Alphabetical list of drugs, medicines and other preparations free from, and containing, spirit compiled from the results of tests made by the customs houses at Calcutta, Bombay, and Madras
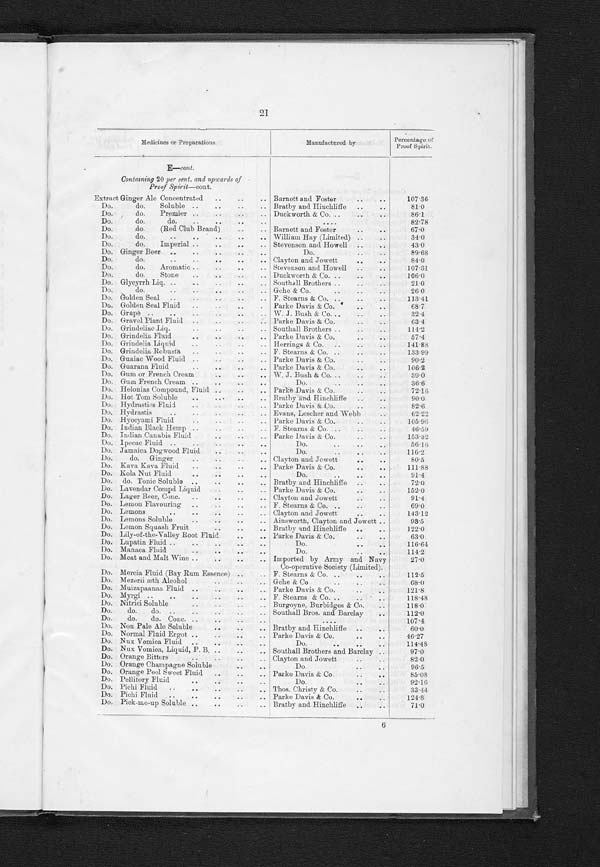
17
Medi ci nes or Preparat i ons.
Manufactured by
Percentage of
Proof Spirit.
E—cont.
Containing 20 per cent. and upwards of
Proof Spirit—cont.
Essence, Selected Messina Lemons
H. W. Carter
1 0 2 . 5
Do. Scotch Whisky
W. J. Bush & Co.
121
Do. do. do. Soluble
Cossipore Chemical Works
68.5
Do. do. do.
E. F, Langdale
131.0
Do. do. do.
W. J. Bush & Co.
8 3 . 0
Do.
do. do. Soluble, sweet, finest quality
(Red Ball Brand).
Stevenson and Howell
79.0
Do. Soluble of Claret Cup, Conc. (Cham pion
quality).
H. W. Carter & Co.
77.0
Do. do. Capsicine (Red Clab Brand) Barnett and Foster
117.0
Do. do. Capsicum ( do. )
Do.
125.0
Do. do. do. Finest Quality
(Red
Brand).
Stevenson and Howell
68. 0
Do. do. Champagne Cider
Dakin Brothers
118.0
Do. do. do. do.
The Standard Essence Co.
96.0
Do. do. do. (Knight Brand)
H. W. Carter & Co.
121.0
D o . d o . C o n c . H o p A l e
Burgoyne, Burbidges & Co.
93.0
Do. do. do. Hot Tom Aromatic
Do.
77.0
Do. do. do. Kola Champagne
Do.
84.0
Do. do. do. Lemon, special
Do.
107.0
Do. do. do. Pippin Champagee (Red Club
Brand).
Barnett and Foster
58.0
Do .
do. do. Rose (Diamond Brand)
Burgoyne. Burbidges & Co.
160.0
Do. do. do. Triple Hop Ale Essence (Fruit
Girl Brand).
C l a y t o n a n d J o w e t t
82.0
Do. do. do. Tonic No. 9-A
Burgoyne, Burbidges & Co.
77.0.
Do. do. Cyclists Fizz
Barnett and Foster
47.0
Do. do. Ginger " A "
Dakin Brothers
75.0
Do. do. Ginger Ale " A "
Do.
60 0
Do. do. do. " A " (Red Club
Brand).
Barnett and Foster
89 . 0
Do. do. do. Aromatic
W. J. Bush & Co.
92.0
Do. do. do. Belfast B (Red Club
Brand).
H. W. Carter & Co.
76.0
Do. do. do. do.
Dakin Brothers
65.0
Do. do. Ginger Beer (Red Club Brand)
Barnett and Foster
105.0
Do. do. do. Beer (Stone)
Dakin Brothers
118.0
Do. do. do. Champagne
90.8
Do. do. do. Green (Champion quality)
H. W. Carter & Co.
88.0
Do. do. Ginger Ale, Special Fruity
Clayton and Jowett
84.0
Do. do. do. Triple Conc. (Fruit
Girl Brand).
Do.
8 9
. 0
Do. do. Gingerade Conc. (Diamond Brand). Burgoyne, Burbidges & Co.
49.0
Do. do. Hop Ale (Red Club Brand)
Barnett and Foster
82.0
Do. do. Jamaica Ginger, Fortified
Do.
8 1 . 0 4
Do. do. Jamaica Ginger, No. 1
W. J . Bush & Co.
102.0
Do. do. do.
Clayton and Jowett
77.0
Do. do. Kola Champagne (Red Club Brand) Barnett and Foster
70.0
Do. do. do. do.
Dakin Brothers
77.0
Do. do. Lemon
H. E. Stevenson & Co., late
of Fletcher, Fletcher and
Stevenson.
86.0
Do. do. do. "B "
Dakin. Brothers
88.0
Do. do. do. "C" (Red Club Brand)
Barnett and Foster
109.0
D o . d o . d o . " D ' ( R e d C l u b B r a n d )
D o .
9 6 . 0
Do. do. do. Finest, " A"
Dakin Brothers
89.0
Do. do. do. Perfect (Red Ball Brand)
Stevenson and Howell
89.0
Do. do. do. No. 1
W. J. Bush & Co.
93.0
Do. do. Limes (Red Club Brand)
Barnett and Foster
81.0
Do. do. Orange Sweet (Red Club Brand)
Do.
109.0
Do. do. do. Bitter ( do. )
Do.
86.0
Do. do. Pine Apple
Dakin Brothers
100.0
Do. do. Pine Apple (Red Club Brand)
Barnett and Foster
118.0
Do. do. Quinine Tonic (Red Club Brand)
Do.
79.0
Do. do. Raspberry (Red Club Brand)
Do.
74.0
6